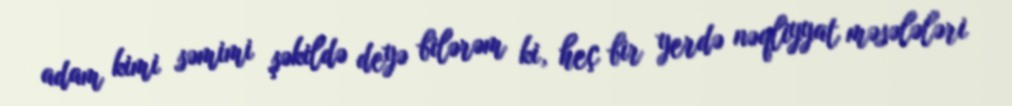
adam kimi səmimi şəkildə deyə bilərəm ki, heç bir yerdə nəqliyyat məsələləri